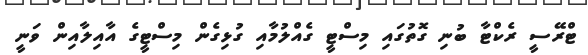
ޓްރޭސީ ރެކްޓާ ބުނި ގޮތުގައި މިސްޓީ ގެއްލުމާއި ގުޅިގެން މިސްޓީގެ އާއިލާއިން ވަނީ